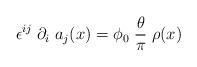
LaTeX: \begin{align*}\epsilon^{ij} \; \partial_i \; a_j (x) = \phi_0 \; \frac{\theta}{\pi} \; \rho(x)\end{align*}